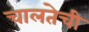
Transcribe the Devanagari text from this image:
चालतेची